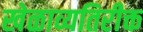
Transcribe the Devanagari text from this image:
खेळाव्यतिरीक्त